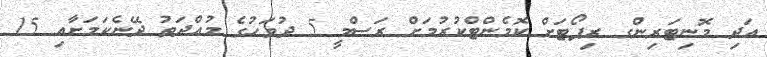
އަދި މޮނިޓަރިންގ ރިޕޯޓަށް ކޮމެންޓްކުރުމަށް ރަސްމީ 5 ދުވަހުގެ މުއްދަތު ދޭނެކަމަށާއި 15